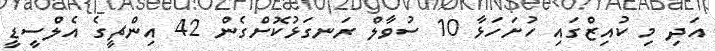
އަދި މި ކުއިޒްގައި ހުށަހަޅާ 10 ސުވާލް ރަނގަޅުކޮށްގެން 42 އިންޗީގެ އެލްސީޑީ